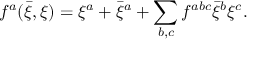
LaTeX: f ^ { a } ( { \bar { \xi } } , \xi ) = \xi ^ { a } + { \bar { \xi } } ^ { a } + \sum _ { b , c } f ^ { a b c } { \bar { \xi } } ^ { b } \xi ^ { c } .